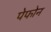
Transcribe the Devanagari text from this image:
पेफोन